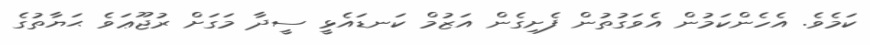
ކަމެވެ. އެހެންކަމުން އެވަގުތުން ފެށިގެން އަޒުމް ކަނޑައެޅީ ސީދާ މަގަށް ރުޖޫޢަވެ ޙަޔާތުގެ